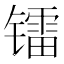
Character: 镭